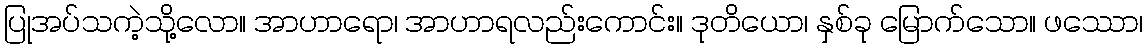
ပြုအပ်သကဲ့သို့လော။ အာဟာရော၊ အာဟာရလည်းကောင်း။ ဒုတိယော၊ နှစ်ခု မြောက်သော။ ဖဿော၊